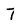
Character: 7